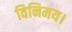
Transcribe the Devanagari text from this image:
विनिमय।